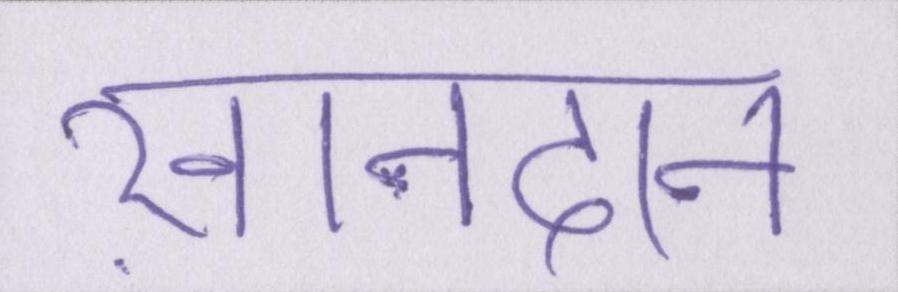
ख़ानदान